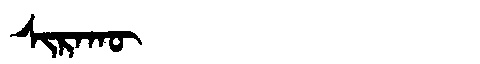
Manchu: ᠰᡳᡵᠠᡴᡡ
Romanization: SIRAKŪ